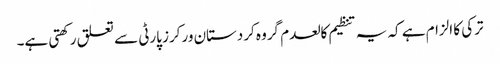
ترکی کا الزام ہے کہ یہ تنظیم کالعدم گروہ کردستان ورکرز پارٹی سے تعلق رکھتی ہے۔